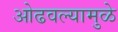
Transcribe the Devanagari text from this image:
ओढवल्यामुळे